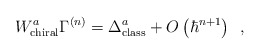
\begin{align*}W_{\rm chiral}^a\Gamma ^{\left( n\right) }=\Delta _{\rm class}^a+O\left( \hbar^{n+1}\right) \,\,\,,\end{align*}